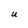
Character: U